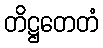
တိဋ္ဌတေတံ